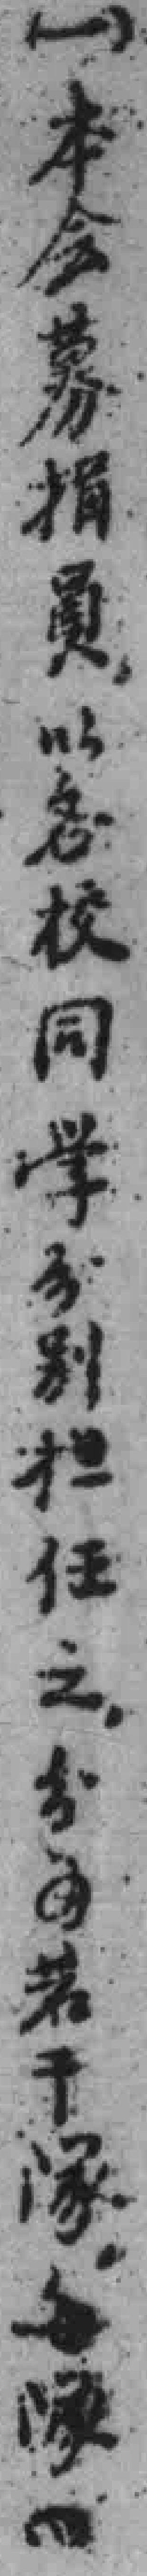
（一）本会募捐員，以各校同学分别担任之，分为若干隊，每隊*